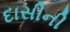
દાસીની